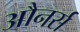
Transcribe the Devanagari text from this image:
औनर्स